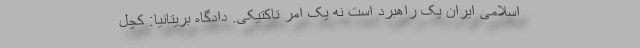
اسلامی ایران یک راهبرد است نه یک امر تاکتیکی. دادگاه بریتانیا: کچل